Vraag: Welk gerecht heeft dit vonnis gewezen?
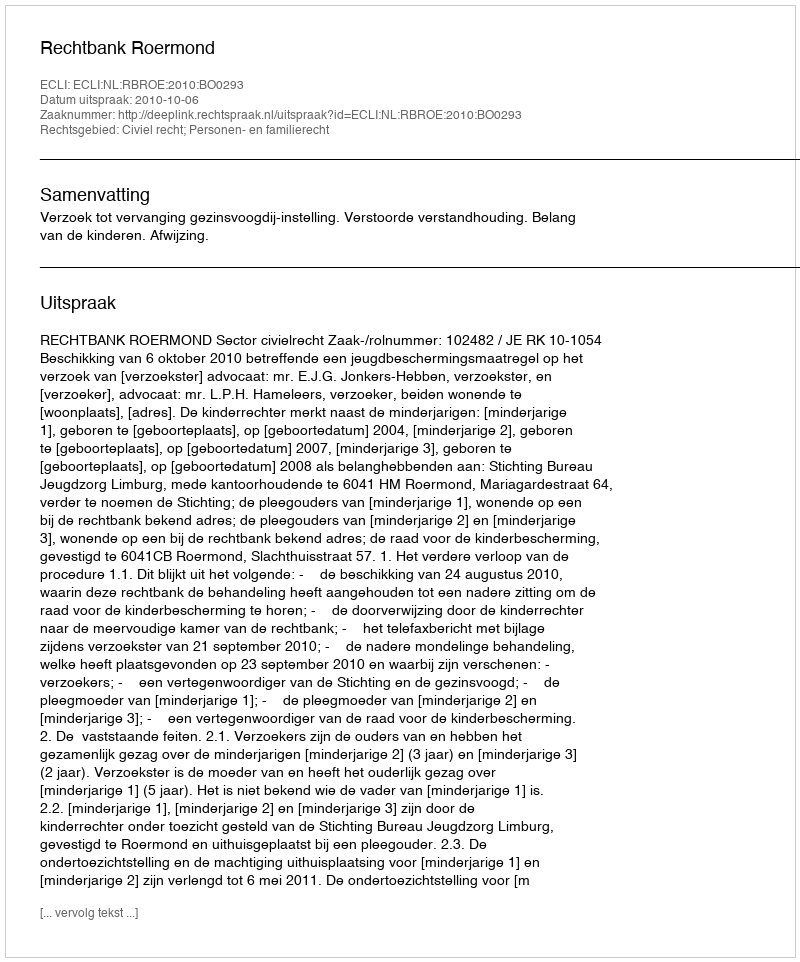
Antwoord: Rechtbank Roermond